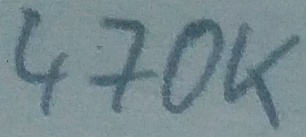
Text: 470K